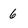
Character: 6